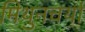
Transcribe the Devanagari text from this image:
मिथुनचर्या